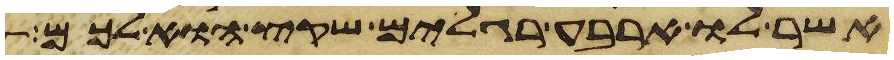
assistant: אשר לו ארבע רגלים שקץ הוא לכם